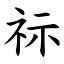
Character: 祘